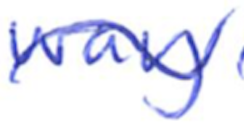
Text: way
Cross-out: mix
Writing tool: ballpoint